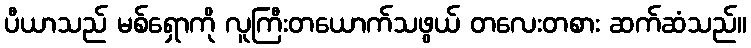
ပီယာသည် မစ်ရှောကို လူကြီးတယောက်သဖွယ် တလေးတစား ဆက်ဆံသည်။